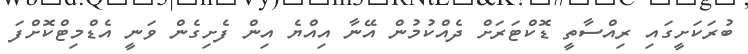
ބުރަކަށީގައި ރިއްސާތީ ޑޮކްޓަރަށް ދެއްކުމުން އޭނާ އިއްޔެ އިން ފެށިގެން ވަނީ އެޑްމިޓްކޮށްފަ